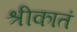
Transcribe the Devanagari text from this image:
श्रीकातं